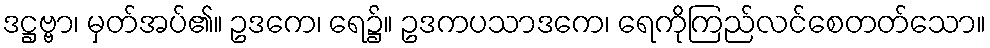
ဒဋ္ဌဗ္ဗာ၊ မှတ်အပ်၏။ ဥဒကေ၊ ရေ၌။ ဥဒကပသာဒကေ၊ ရေကိုကြည်လင်စေတတ်သော။